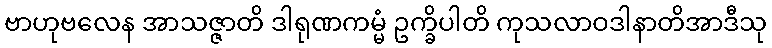
ဗာဟုဗလေန အာသဇ္ဇာတိ ဒါရုဏကမ္မံ ဥက္ခိပါတိ ကုသလာဝဒါနာတိအာဒီသု